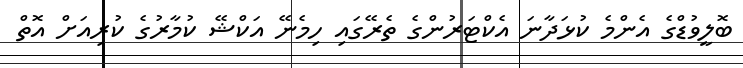
ބޮލީވުޑްގެ އެންމެ ކުޅަދާނަ އެކްޓަރުންގެ ތެރޭގައި ހިމެނޭ އަކްޝޭ ކުމާރުގެ ކުރިއަށް އޮތް